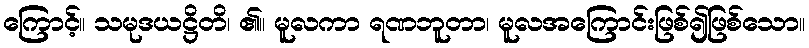
ကြောင့်။ သမုဒယဋ္ဌိတိ၊ ၏။ မူလကာ ရဏဘူတာ၊ မူလအကြောင်းဖြစ်၍ဖြစ်သော။